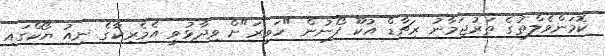
ކޮމަންވެލްތުގެ ތަރުޖަމާނު ރިޗާޑް އުކޫ ފޯނުން "ހަވީރަ"ށް ވިދާޅުވީ އެމެރިކާގެ ނިއު ޔޯކްގައި